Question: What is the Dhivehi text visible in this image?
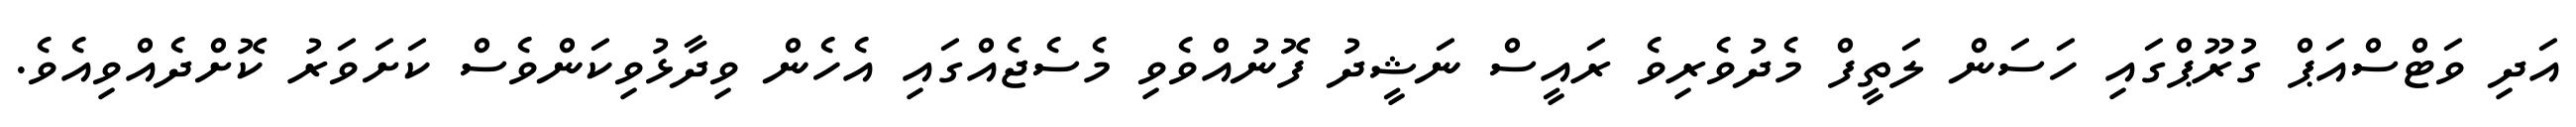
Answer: އަދި ވަޓްސްއަޕް ގުރޫޕްގައި ހަސަން ލަތީފް މެދުވެރިވެ ރައީސް ނަޝީދު ފޮނުއްވެވި މެސެޖެއްގައި އެހެން ވިދާޅުވިކަންވެސް ކަށަވަރު ކޮށްދެއްވިއެވެ.